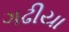
ગઢીયા